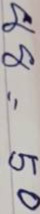
88 = 50